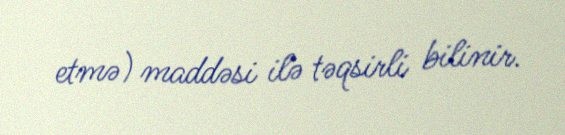
etmə) maddəsi ilə təqsirli bilinir.